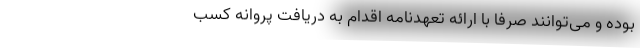
بوده و می‌توانند صرفاً با ارائه تعهدنامه اقدام به دریافت پروانه کسب